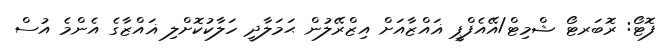
ފޮޓޯ: ރޮބަރޓޯ ޝްމިޓް/އޭއެފްޕީ ޣައްޒާއަށް އިޒްރޭލުން ޙަމަލާދީ ހަލާކުކޮށްލި ޣައްޒާގެ އެންމެ އުސް